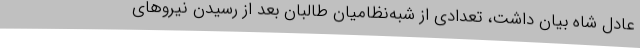
عادل شاه بیان داشت، تعدادی از شبه‌نظامیان طالبان بعد از رسیدن نیروهای